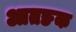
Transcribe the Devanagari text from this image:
आतङक